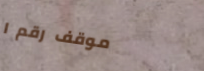
موقف رقم ١